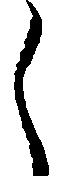
し